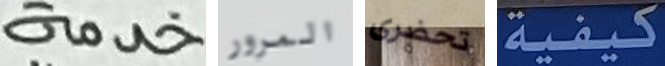
خدمة المرور تحضرى كيفية